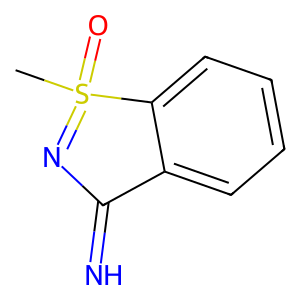
SMILES: CS1(=O)=NC(=N)c2ccccc21
Inhibits HIV replication: No